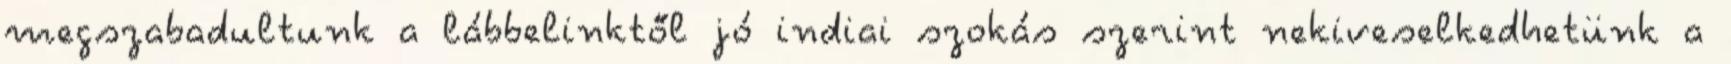
megszabadultunk a lábbelinktől jó indiai szokás szerint nekiveselkedhetünk a